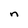
Character: n